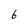
Character: 6